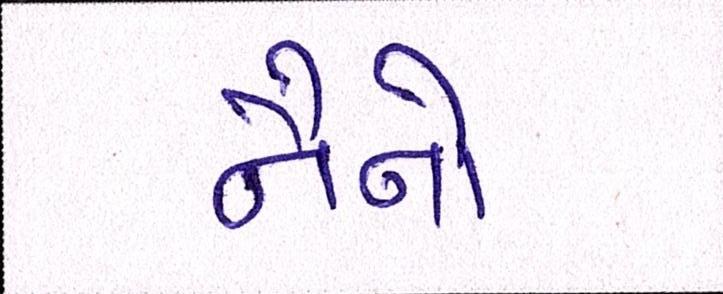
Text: નૈનોં